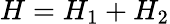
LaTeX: H=H_{1}+H_{2}